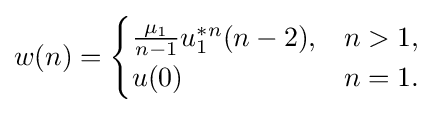
w(n)={\begin{cases}{\frac {\mu _{1}}{n-1}}u_{1}^{*n}(n-2),&n>1,\\u(0)&n=1.\end{cases}}